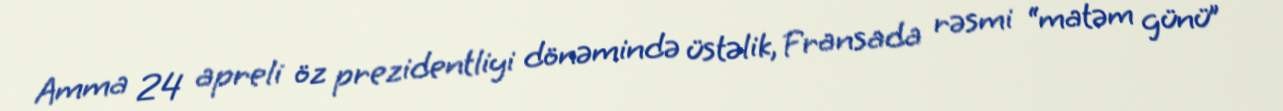
Amma 24 apreli öz prezidentliyi dönəmində üstəlik, Fransada rəsmi “matəm günü”